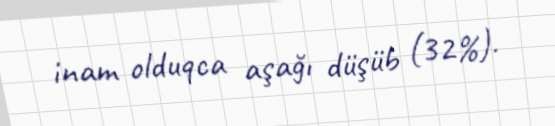
inam olduqca aşağı düşüb (32%).